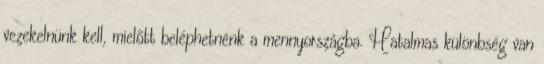
vezekelnünk kell, mielőtt beléphetnénk a mennyországba. Hatalmas különbség van